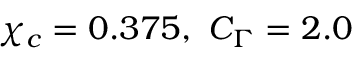
\chi _ { c } = 0 . 3 7 5 , ~ C _ { \Gamma } = 2 . 0